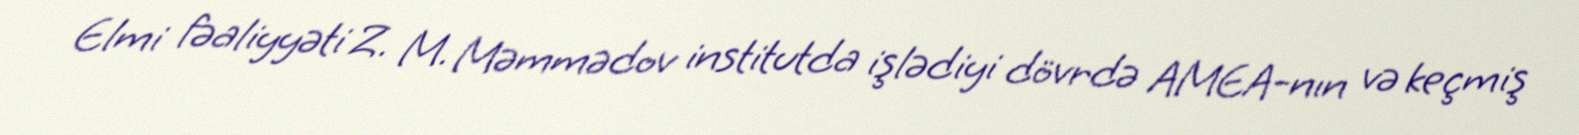
Elmi fəaliyyəti Z. M. Məmmədov institutda işlədiyi dövrdə AMEA-nın və keçmiş